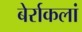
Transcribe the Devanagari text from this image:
बेर्राकलां